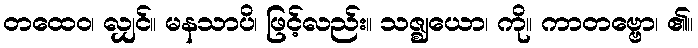
တထေဝ၊ လျှင်။ မနသာပိ၊ ဖြင့်လည်း။ သဇ္ဈယော၊ ကို။ ကာတဗ္ဗော၊ ၏။